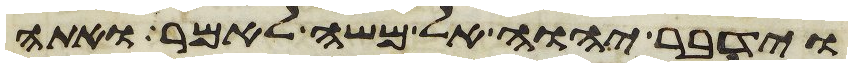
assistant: וידבר יהוה אל משה לאמר ואתה